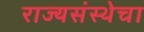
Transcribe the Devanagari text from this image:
राज्यसंस्थेचा